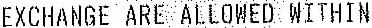
EXCHANGE ARE ALLOWED WITHIN